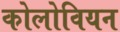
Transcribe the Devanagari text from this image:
कोलोवियन